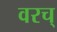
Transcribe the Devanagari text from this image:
वरच्